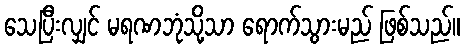
သေပြီးလျှင် မရဏဘုံသို့သာ ရောက်သွားမည် ဖြစ်သည်။